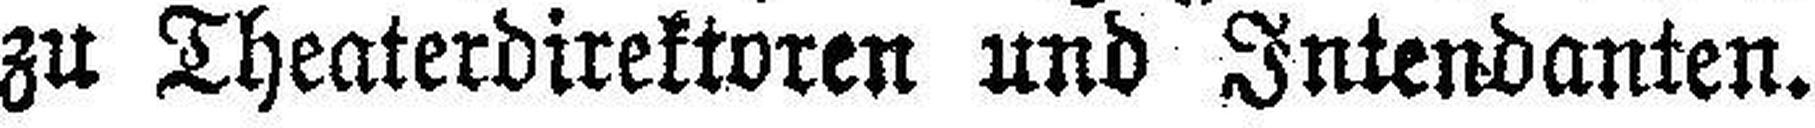
zu Theaterdirektoren und Intendanten.